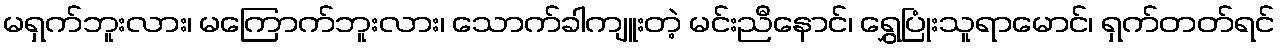
မရှက်ဘူးလား၊ မကြောက်ဘူးလား၊ သောက်ခါကျူးတဲ့ မင်းညီနောင်၊ ရွှေပြုံးသူရာမောင်၊ ရှက်တတ်ရင်